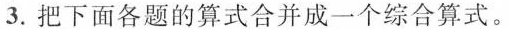
3.把下面各题的算式合并成一个综合算式。